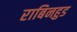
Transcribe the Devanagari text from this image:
राबिनहुड